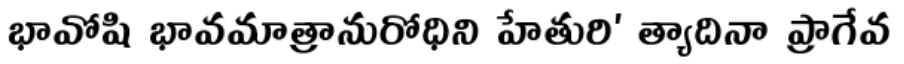
భావోషి భావమాత్రానురోధిని హేతురి' త్యాదినా ప్రాగేవ